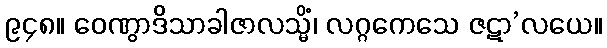
၉၄၈။ ဝေဏွာဒိသာခါဇာလသ္မိံ၊ လဂ္ဂကေသေ ဇဋာ’လယေ။